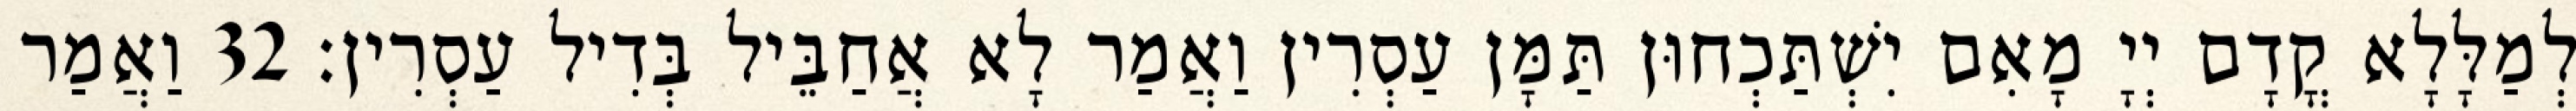
לְמַלָּלָא קֳדָם יְיָ מָאִם יִשְׁתַּכְחוּן תַּמָּן עַסְרִין וַאֲמַר לָא אֲחַבֵּיל בְּדִיל עַסְרִין׃ 32 וַאֲמַר